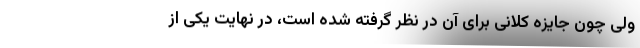
ولی چون جایزه کلانی برای آن در نظر گرفته شده است، در نهایت یکی از